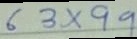
6 3 \times 9 9